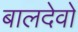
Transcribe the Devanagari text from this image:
बालदेवो